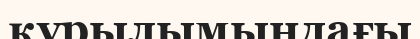
құрылымындағы